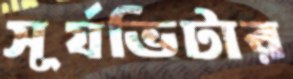
সূর্যভিটার